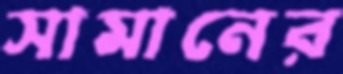
সামানের